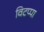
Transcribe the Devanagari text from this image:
विटप्पा